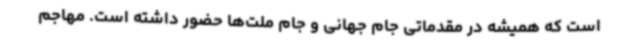
است که همیشه در مقدماتی جام جهانی و جام ملت‌ها حضور داشته است. مهاجم